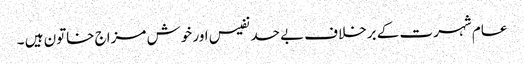
عام شہرت کے برخلاف بے حد نفیس اور خوش مزاج خاتون ہیں ۔